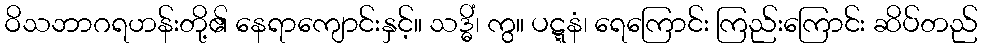
ဝိသဘာဂရဟန်းတို့၏ နေရာကျောင်းနှင့်။ သဒ္ဓိံ၊ ကွ။ ပဋ္ဋနံ၊ ရေကြောင်း ကြည်းကြောင်း ဆိပ်တည်